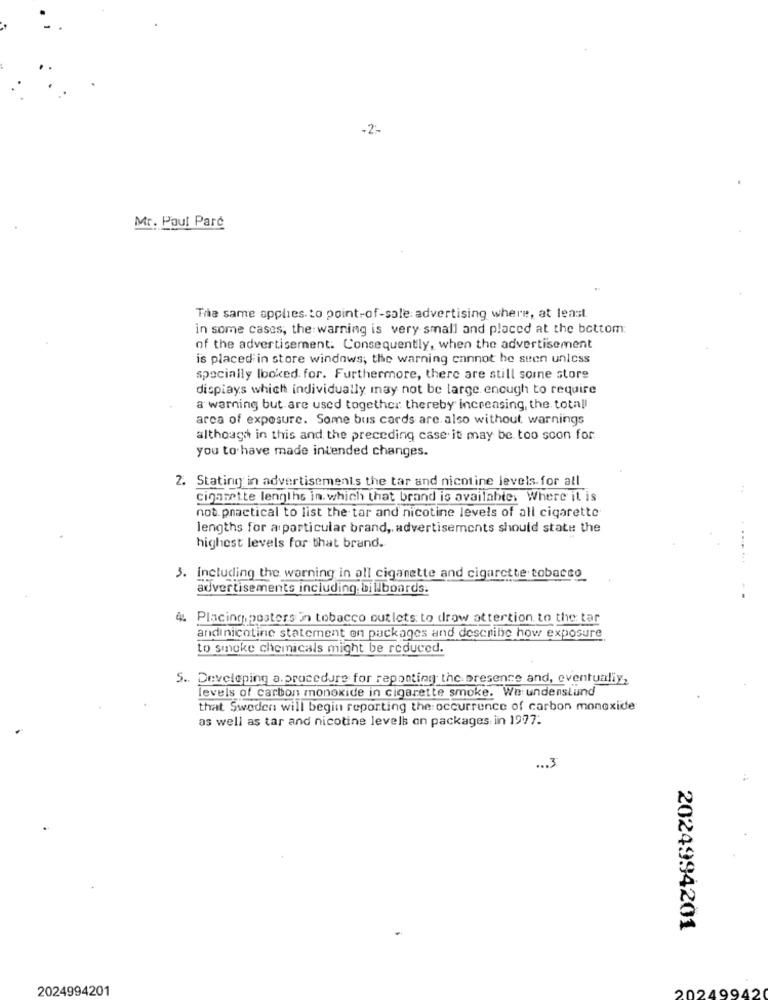
-2:
Mr. Paul Pare
The same applies. to point-of-sale: advertising where, at least
in some cases, the warning is very small and placed at the bottom:
of the advertisement. Consequently, when the advertisement
is placed in store windows; the warning cannot be seen unless
specially looked. for. Furthermore, there are still some store
displays which individually may not be large enough to require
a warning but are used together thereby increasing, the totall
arca of exposure. Some bus cards are also without, warnings
although in this and the preceding case it may be too soon for.
you to have made intended changes.
2. Stating in advertisements the tar and nicotine levels for all
cigarette lengths in. which that brand is available. Where'it is
not. practical to list the tar and nicotine levels of all cigarette
lengths for a particular brand, advertisements should state the
highest levels for that brand.
..... ...
3. Including the warning in all cigarette and cigarette tobacco
advertisements including billboards.
Placing posters in tobacco outlets to drow attention to the tar
andinicotine statement on packages and describe how exposure
to smoke chemicals might be reduced.
5. Developing a.procedure for reponting the presence and, eventually,
levels of carbon monoxide in cigarette smoke. We undenslund
that Sweden will begin reporting the occurrence of carbon monoxide
as well as tar and nicotine levels on packages inn 1977.
... 3
2024994201
2024994201
20249942